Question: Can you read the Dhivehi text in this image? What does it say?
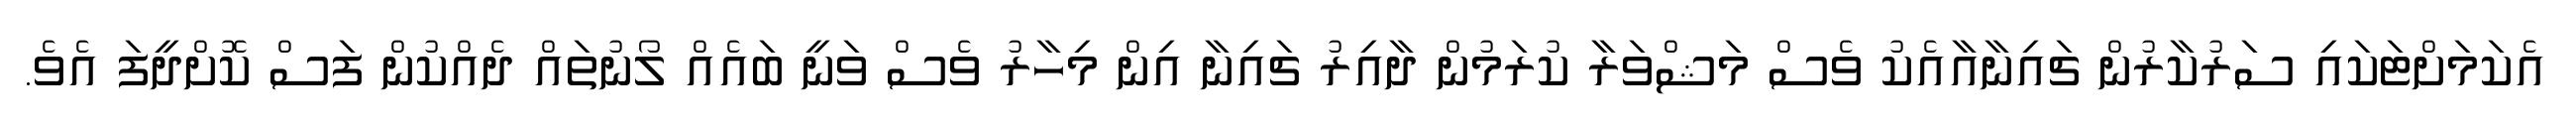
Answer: އެކަމަށްޓަކައި ސަރުކާރުން ޗައިނާއާއެކު ވެސް މަޝްވަރާ ކުރަމުން ދާއިރު ޗައިނާ އިން މިހާރު ވެސް ވަނީ ބައެއް ލޯނުތައް ދެއްކުން ފަސް ކޮށްދީފަ އެވެ.